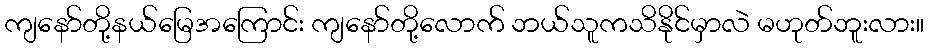
ကျနော်တို့နယ်မြေအကြောင်း ကျနော်တို့လောက် ဘယ်သူကသိနိုင်မှာလဲ မဟုတ်ဘူးလား။